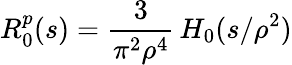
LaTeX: R_{0}^{p}(s)=\frac{3}{\pi^{2}\rho^{4}}\, H_{0}(s/\rho^{2})